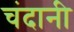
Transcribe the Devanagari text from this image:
चंदानी